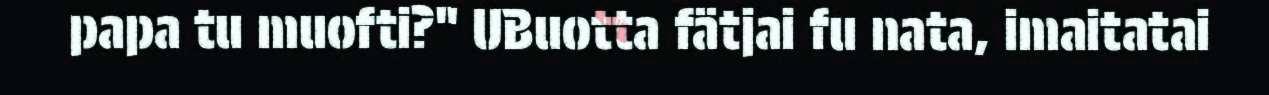
papa tu muofti?" UBuotta fätjai fu nata, imaitatai